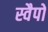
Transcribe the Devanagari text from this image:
स्वैपों